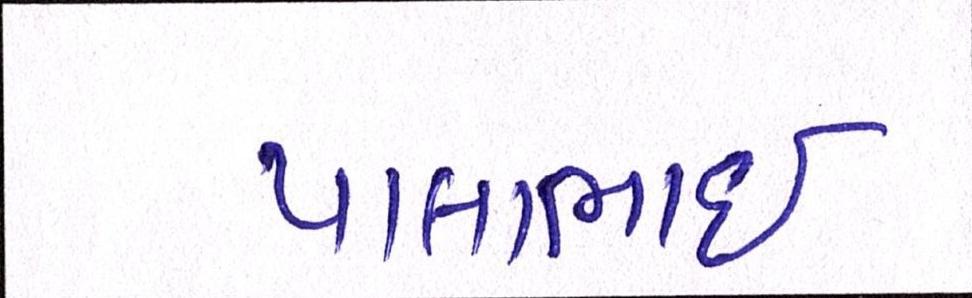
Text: પાલાભાઇ